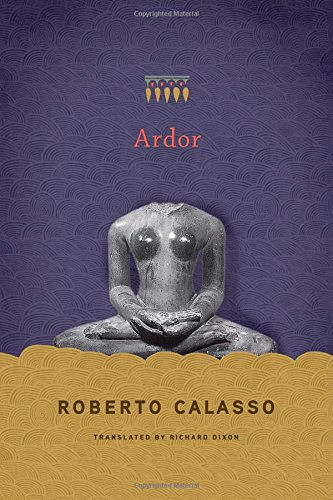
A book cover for Ardor; Roberto Calasso; Religion & Spirituality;